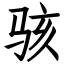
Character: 骇